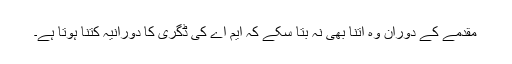
مقدمے کے دوران وہ اتنا بھی نہ بتا سکے کہ ایم اے کی ڈگری کا دورانیہ کتنا ہوتا ہے۔